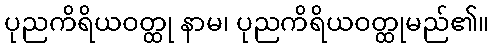
ပုညကိရိယဝတ္ထု နာမ၊ ပုညကိရိယဝတ္ထုမည်၏။